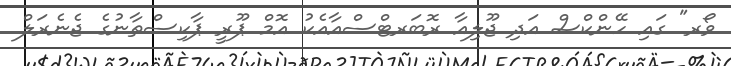
ވޯރ" ގައި ހޭންކްސް އަދި ޖޫލިއާ ރޮބަރޓްސްއާއެކު އޮމް ޕޫރީ ޕާކިސްތާނުގެ ޖެނެރަލް